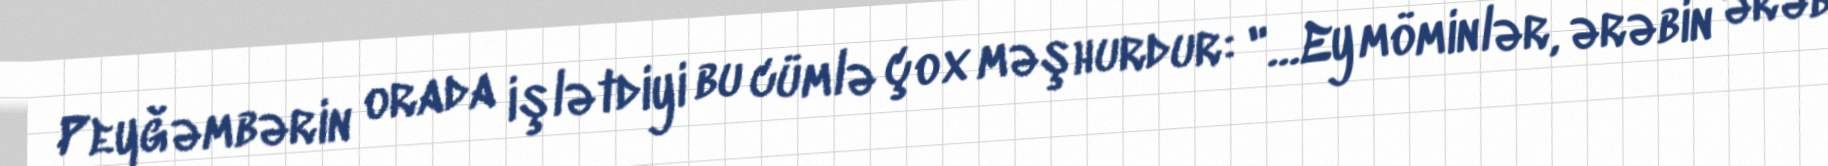
Peyğəmbərin orada işlətdiyi bu cümlə çox məşhurdur: "…Ey möminlər, ərəbin ərəb